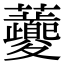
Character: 𧅄